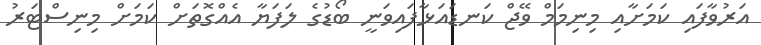
އަރުވާފައި ކަމަށާއި މިނިމަމް ވޭޖް ކަނޑައަޅާފައިވަނީ ބޯޑުގެ ލަފަޔާ އެއްގޮތަށް ކަމަށް މިނިސްޓަރު